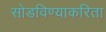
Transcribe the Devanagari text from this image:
सोडविण्‍याकरिता